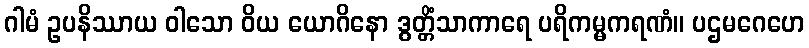
ဂါမံ ဥပနိဿာယ ဝါသော ဝိယ ယောဂိနော ဒွတ္တိံသာကာရေ ပရိကမ္မကရဏံ။ ပဌမဂေဟေ